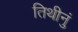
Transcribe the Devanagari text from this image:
तिथीनुं